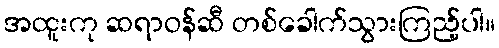
အထူးကု ဆရာဝန်ဆီ တစ်ခေါက်သွားကြည့်ပါ။